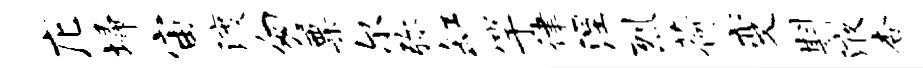
庀埽宙渡匆粟尔弥缸竽律涅烈荷变斟液杏